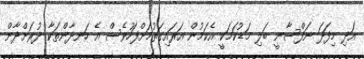
އަދި މިފަދަ ނަފްސާނީ ބަލި މަޑުކަމަކީ އެކަމުން އަރައިގަތުމަށްފަހުވެސް އެ ހަނދާންތަކާ ދުރަށްދާން